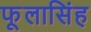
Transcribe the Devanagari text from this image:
फूलासिंह